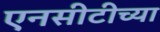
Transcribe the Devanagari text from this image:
एनसीटीच्या